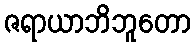
ဇရာယာဘိဘူတော